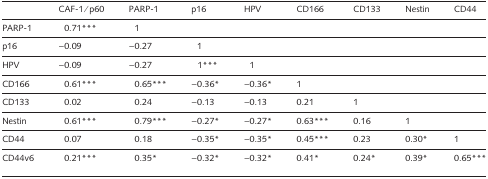
|  | CAF-1/p60 | PARP-1 | p16 | HPV | CD166 | CD133 | Nestin | CD44 |
 | --- | --- | --- | --- | --- | --- | --- | --- | --- |
 | PARP-1 | 0.71*** | 1 |  |  |  |  |  |  |
 | p16 | −0.09 | −0.27 | 1 |  |  |  |  |  |
 | HPV | −0.09 | −0.27 | 1*** | 1 |  |  |  |  |
 | CD166 | 0.61*** | 0.65*** | −0.36* | −0.36* | 1 |  |  |  |
 | CD133 | 0.02 | 0.24 | −0.13 | −0.13 | 0.21 | 1 |  |  |
 | Nestin | 0.61*** | 0.79*** | −0.27* | −0.27* | 0.63*** | 0.16 | 1 |  |
 | CD44 | 0.07 | 0.18 | −0.35* | −0.35* | 0.45*** | 0.23 | 0.30* | 1 |
 | CD44v6 | 0.21*** | 0.35* | −0.32* | −0.32* | 0.41* | 0.24* | 0.39* | 0.65*** |